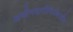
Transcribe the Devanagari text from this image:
जमीनदारीविरोधातील